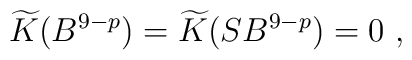
\widetilde{K}(B^{9-p})=\widetilde{K}(SB^{9-p})=0 \ ,